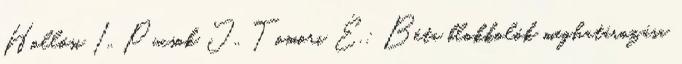
Hollósi I., Pucsok J., Tomori É.: Béta blokkolók meghatározása